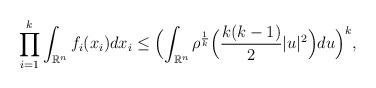
LaTeX: \begin{align*} \prod_{i=1}^k \int_{\mathbb{R}^n} f_i(x_i) dx_i\le \Bigl( \int_{\mathbb{R}^{n}} \rho^{\frac{1}{k}} \Bigl( \frac{k(k-1)}{2}|u|^2 \Bigr) du\Bigr)^k, \end{align*}